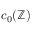
c _ { 0 } ( \mathbb { Z } )